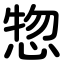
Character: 惣